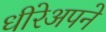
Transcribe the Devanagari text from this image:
धीरेअपने